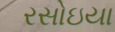
રસોઇયા